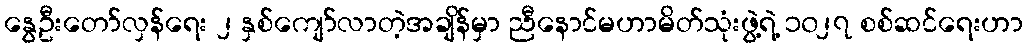
နွေဦးတော်လှန်ရေး ၂ နှစ်ကျော်လာတဲ့အချိန်မှာ ညီနောင်မဟာမိတ်သုံးဖွဲ့ရဲ့ ၁၀၂၇ စစ်ဆင်ရေးဟာ